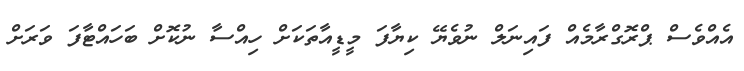
އެއްވެސް ޕްރޮގްރާމެއް ފައިނަލް ނުވެޔޭ ކިޔާފަ މީޑީއާތަކަށް ހިއްސާ ނުކޮށް ބަހައްޓާފަ ވަރަށް